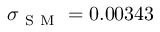
\sigma _ { \mathrm { ~ S ~ M ~ } } = 0 . 0 0 3 4 3